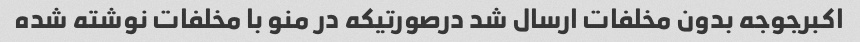
اکبرجوجه بدون مخلفات ارسال شد درصورتیکه در منو با مخلفات نوشته شده